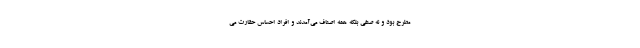
مطرح بود و نه صنفی بلکه همه اصناف می‌آمدند و افراد احساس حقارت می